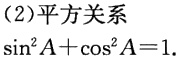
(2)平方关系

\(\sin^{2}A + \cos^{2}A = 1\)